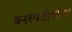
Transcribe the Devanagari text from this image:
वनस्पतीवरील